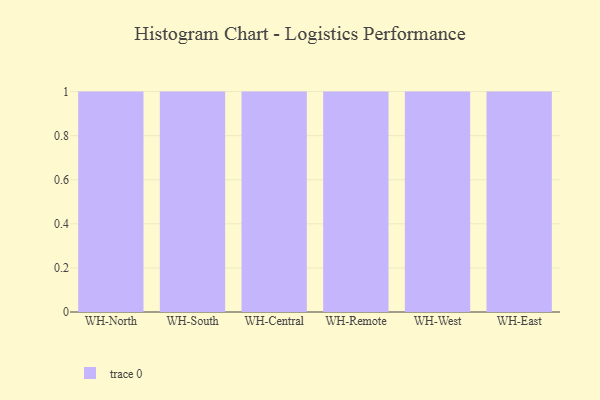
{"axis": {"x": "Warehouse", "y": "Humidity (%)"}, "legend": [""], "data": [{"x": "WH-North", "y": 7, "type": ""}, {"x": "WH-South", "y": 21, "type": ""}, {"x": "WH-Central", "y": 94, "type": ""}, {"x": "WH-Remote", "y": 10, "type": ""}, {"x": "WH-West", "y": 10, "type": ""}, {"x": "WH-East", "y": 50, "type": ""}]}